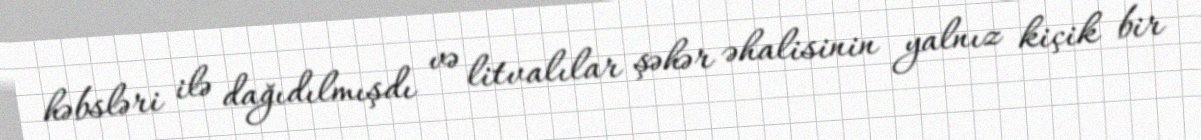
həbsləri ilə dağıdılmışdı və litvalılar şəhər əhalisinin yalnız kiçik bir